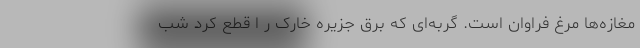
مغازه‌ها مرغ فراوان است. گربه‌ای که برق جزیره خارک ر ا قطع کرد شب